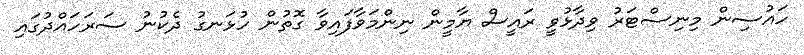
ހައުސިން މިނިސްޓަރު ވިދާޅުވީ ރައީސް ޔާމީން ނިންމަވާފައިވާ ގޮތުން ހުޅަނގު ދެކުނު ސަރަހައްދުގައި